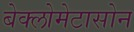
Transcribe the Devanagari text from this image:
बेक्लोमेटासोन